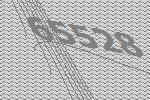
65528